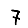
Digit: 7